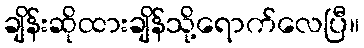
ချိန်းဆိုထားချိန်သို့ရောက်လေပြီ။